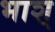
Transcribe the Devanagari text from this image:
भाश्